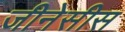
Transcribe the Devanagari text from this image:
जीनेसीस